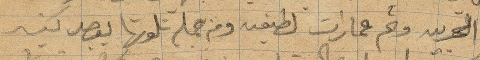
الحربية وثم عمارات لطيفة ومن جملة تلوتها بقصد كثير